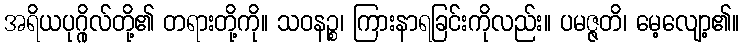
အရိယပုဂ္ဂိုလ်တို့၏ တရားတို့ကို။ သဝနဉ္စ၊ ကြားနာရခြင်းကိုလည်း။ ပမဇ္ဇတိ၊ မေ့လျော့၏။